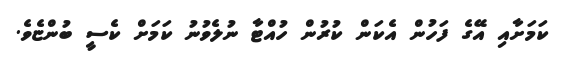
ކަމަށާއި އޭގެ ފަހުން އެކަން ކުރުން ހުއްޓާ ނުލެވުނު ކަމަށް ކެސީ ބުންޏެވެ.